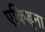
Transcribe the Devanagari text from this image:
एकिड्ना